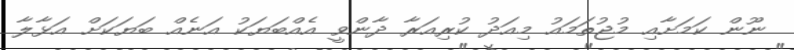
ނޫން ކަމަށާއި މުޖުތަމައު މިއަދު ކުރިއަރާ ދާންވީ އެއްބަޔަކު އަނެއް ބަޔަކަށް އަޅާލާ